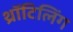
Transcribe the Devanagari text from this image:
थ्रॉटिलिंग